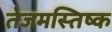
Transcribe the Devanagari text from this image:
तेजमस्तिष्क